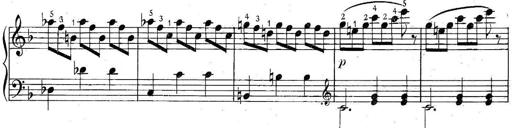
Title: 6 Easy Sonatinas
Composer: Carl Czerny